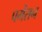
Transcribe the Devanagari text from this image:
पर्मेसन